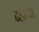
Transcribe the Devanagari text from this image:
ढहाया